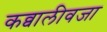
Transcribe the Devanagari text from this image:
कव्वालीवजा